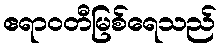
ဧရာဝတီမြစ်ရေသည်